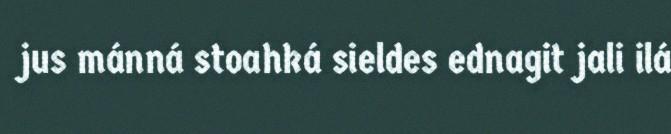
jus mánná stoahká sieldes ednagit jali ilá